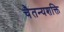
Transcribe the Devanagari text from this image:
चैतन्यशक्ति